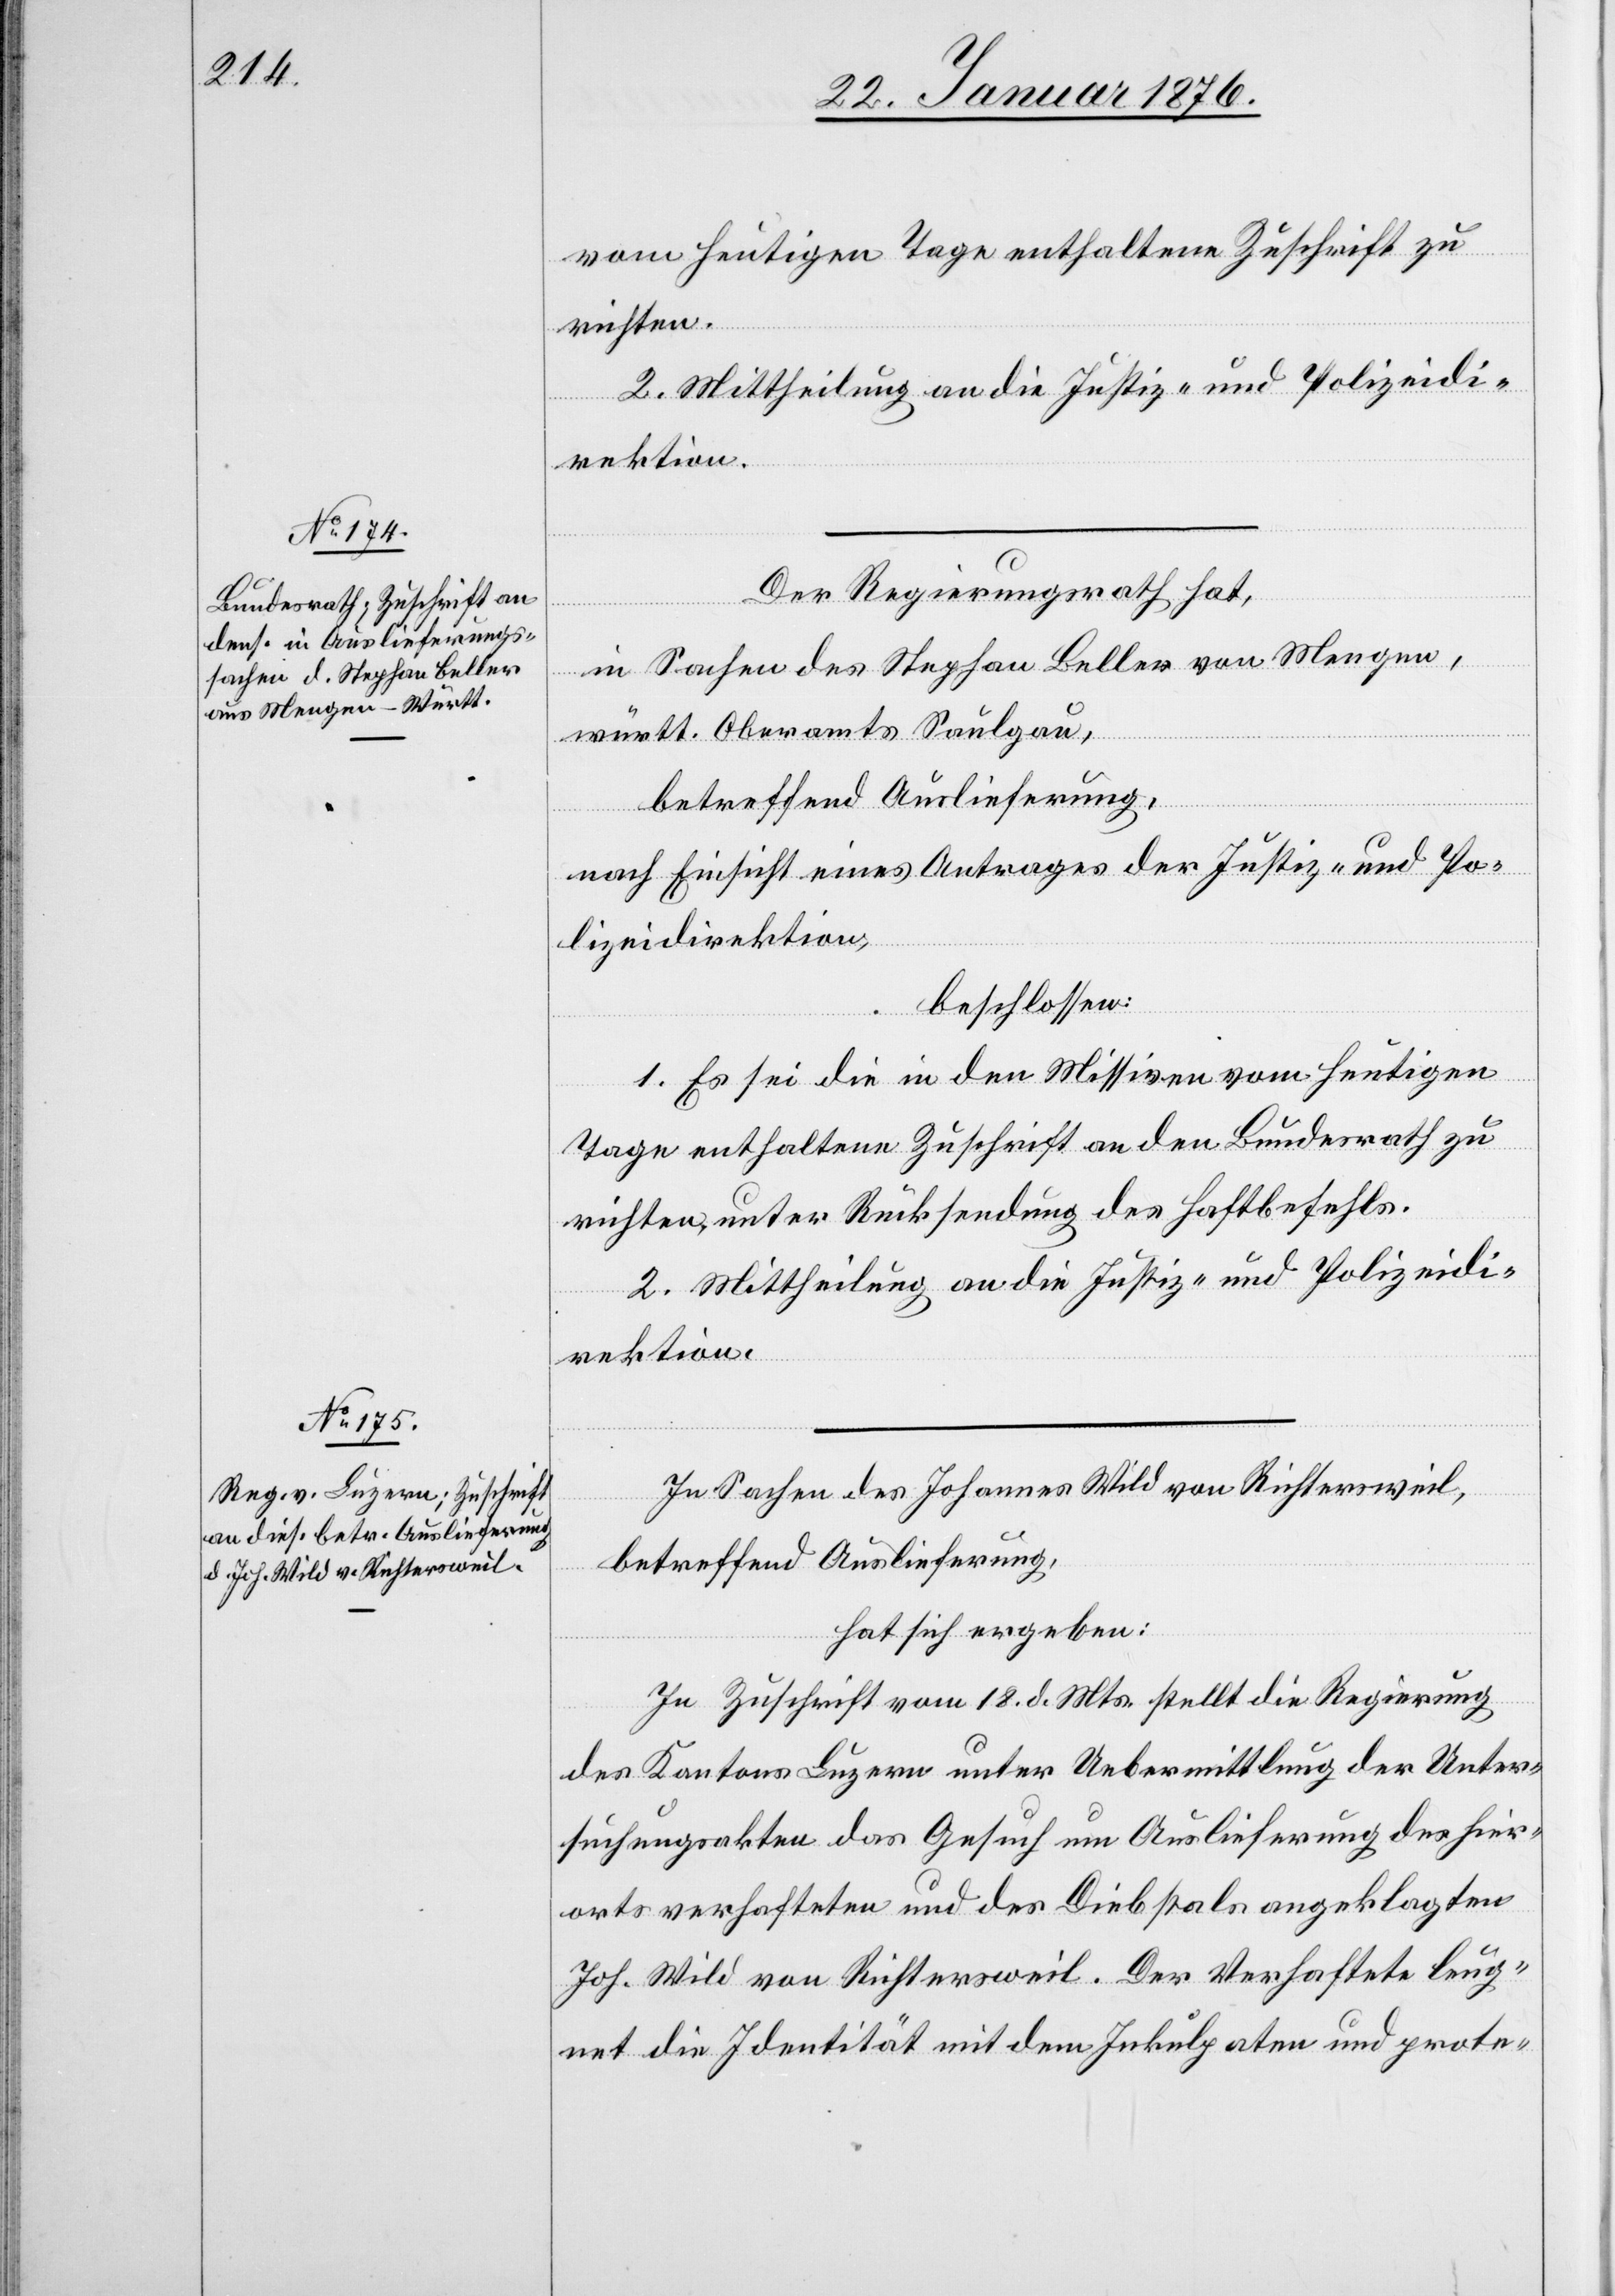
vom heutigen Tage enthaltene Zuschrift zu
richten.
2. Mittheilung an die Justiz- und Polizeidi¬
rektion.
Der Regierungsrath hat,
in Sachen des Stephan Beller von Mengen,
württ. Oberamts Saulgau,
betreffend Auslieferung,
nach Einsicht eines Antrages der Justiz- und Po¬
lizeidirektion,
beschlossen:
1. Es sei die in den Missiven vom heutigen
Tage enthaltene Zuschrift an den Bundesrath zu
richten, unter Rücksendung des Haftbefehls.
2. Mittheilung an die Justiz- und Polizeidi¬
rektion.
In Sachen des Johannes Wild von Richtersweil,
betreffend Auslieferung,
hat sich ergeben:
In Zuschrift vom 18. d. Mts. stellt die Regierung
des Kantons Luzern unter Uebermittlung der Unter¬
suchungsakten das Gesuch um Auslieferung des hier¬
orts verhafteten und des Diebstals angeklagten
Joh. Wild von Richtersweil. Der Verhaftete leug¬
net die Identität mit dem Inkulpaten und prote-